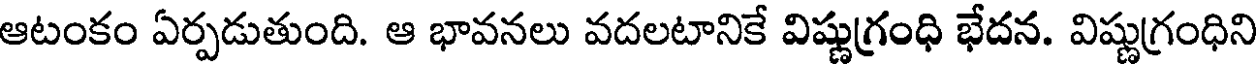
ఆటంకం ఏర్పడుతుంది. ఆ భావనలు వదలటానికే విష్ణుగ్రంధి భేదన. విష్ణుగ్రంధిని